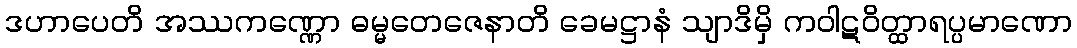
ဒဟာပေတိ အဿကဏ္ဏော ဓမ္မတေဇေနာတိ ခေမဋ္ဌာနံ သျာဒိမှိ ကဝါဋဝိတ္ထာရပ္ပမာဏော